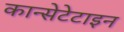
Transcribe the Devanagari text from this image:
कान्सेटेटाइन